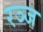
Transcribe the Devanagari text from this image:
रञ्ज